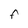
Character: f